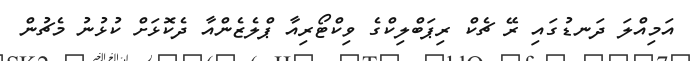
އަމިއްލަ ދަނޑުގައި ރޭ ޗެކް ރިޕަބްލިކްގެ ވިކްޓޯރިއާ ޕްލެޒެންއާ ދެކޮޅަށް ކުޅުނު މެޗުން